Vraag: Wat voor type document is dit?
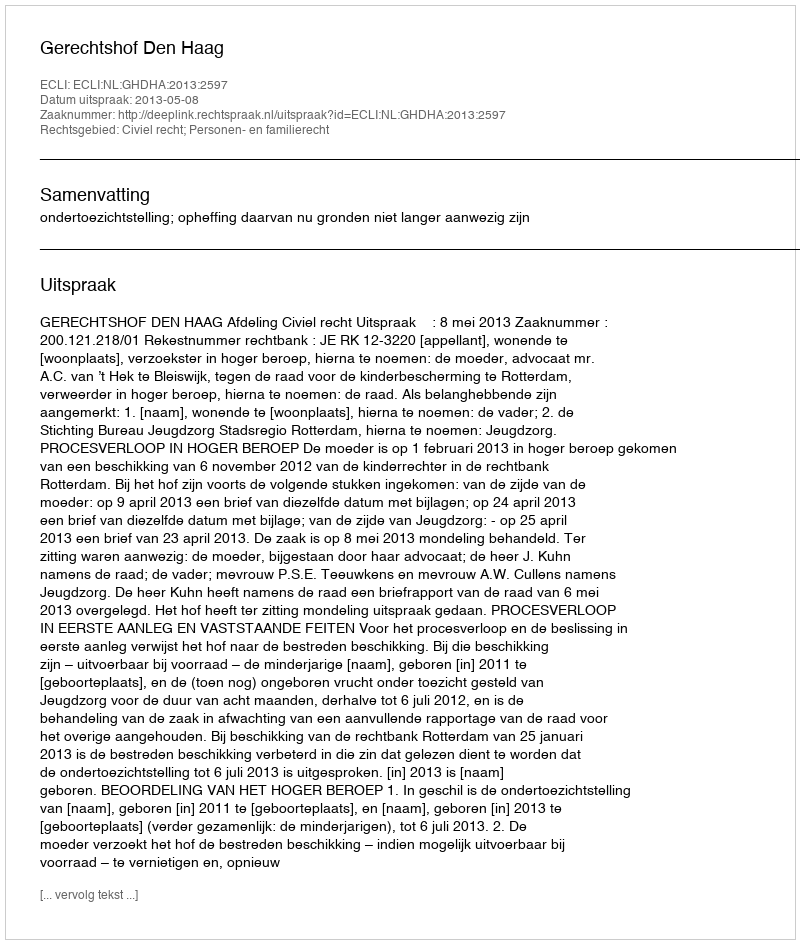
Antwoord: Uitspraak